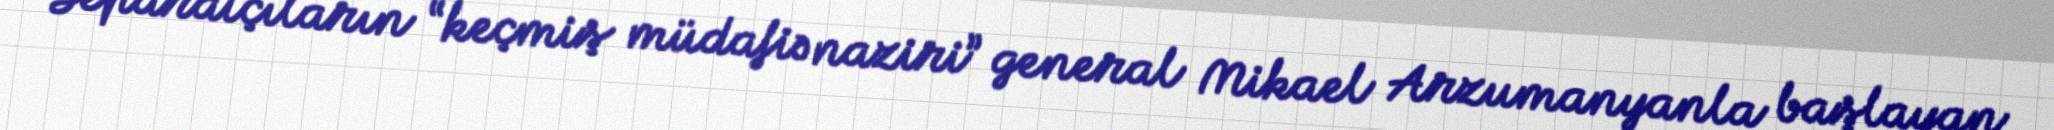
Separatçıların “keçmiş müdafiə naziri” general Mikael Arzumanyanla başlayan